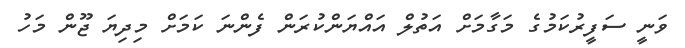
ވަނީ ސަފީރުކަމުގެ މަގާމަށް އަތުލް އައްޔަންކުރަން ފެންނަ ކަމަށް މިދިޔަ ޖޫން މަހު